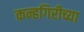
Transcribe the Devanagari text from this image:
कन्हगिरीच्या